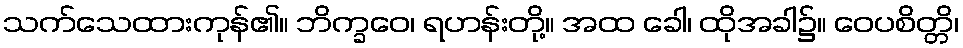
သက်သေထားကုန်၏။ ဘိက္ခဝေ၊ ရဟန်းတို့။ အထ ခေါ၊ ထိုအခါ၌။ ဝေပစိတ္တိ၊